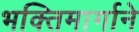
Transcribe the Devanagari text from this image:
भक्तिमार्गाने